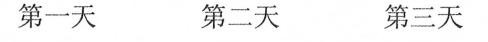
第一天 第二天 第三天